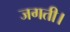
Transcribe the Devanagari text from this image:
जगती।